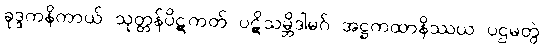
ခုဒ္ဒကနိကာယ် သုတ္တန်ပိဋကတ် ပဋိသမ္ဘိဒါမဂ် အဋ္ဌကထာနိဿယ ပဌမတွဲ